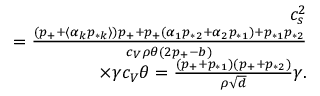
\begin{array} { r } { c _ { s } ^ { 2 } } \\ { = \frac { ( p _ { + } + \langle \alpha _ { k } p _ { * k } \rangle ) p _ { + } + p _ { + } ( \alpha _ { 1 } p _ { * 2 } + \alpha _ { 2 } p _ { * 1 } ) + p _ { * 1 } p _ { * 2 } } { c _ { V } \rho \theta ( 2 p _ { + } - b ) } } \\ { \times \gamma c _ { V } \theta = \frac { ( p _ { + } + p _ { * 1 } ) ( p _ { + } + p _ { * 2 } ) } { \rho \sqrt { d } } \gamma . } \end{array}